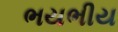
ભયભીય